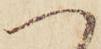
へ